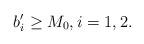
LaTeX: \begin{align*}b_i' \geq M_0, i=1,2.\end{align*}